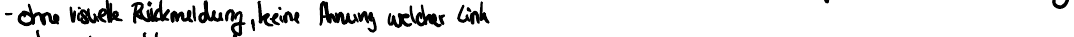
- ohne visuelle Rückmeldung, keine Ahnung welcher Link